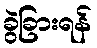
ခွဲခြားရန်